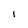
Character: I